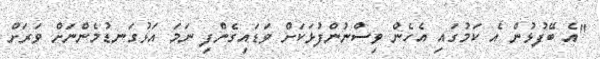
"އެ ބޭފުޅުން އެ ކަމުގައި އެހެން ވިސްނުންފުޅަކަށް ވަޑައިގެންފި ނަމަ އަޅުގަނޑުމެންނަށް ވަރަށް